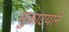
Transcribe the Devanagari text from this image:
मुकाटयाने